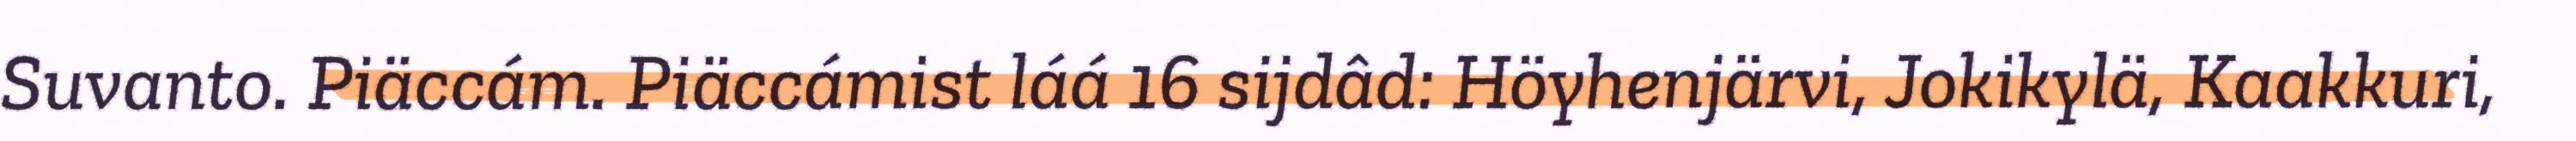
Suvanto. Piäccám. Piäccámist láá 16 sijdâd: Höyhenjärvi, Jokikylä, Kaakkuri,